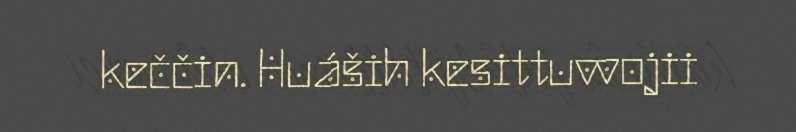
keččin. Huáših kesittuvvojii